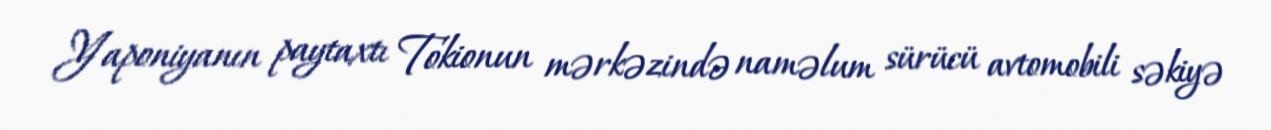
Yaponiyanın paytaxtı Tokionun mərkəzində naməlum sürücü avtomobili səkiyə